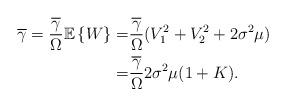
LaTeX: \begin{align*} \overline{\gamma} =\frac{\overline\gamma}{\Omega} \mathbb{E}\left \{ W\right \}=&\frac{\overline\gamma}{\Omega}(V_1^2+V_2^2+2\sigma^2\mu) \\ =& \frac{\overline\gamma}{\Omega}2\sigma^2\mu(1+K).\end{align*}